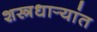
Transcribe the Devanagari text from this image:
शस्त्रधार्‍यांत